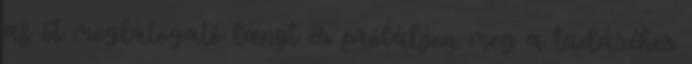
az őt meglátogató lányt és próbáljon meg a tudáséhes